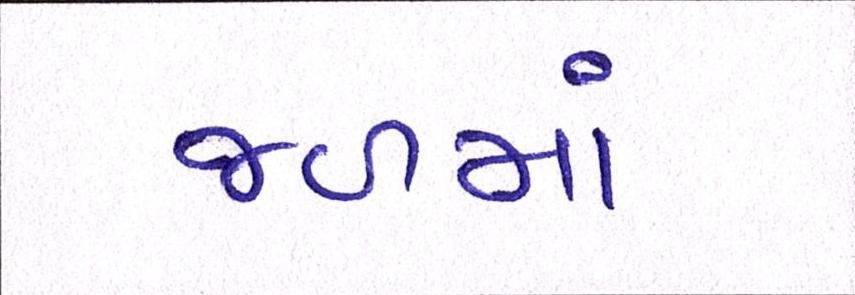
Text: જળમાં